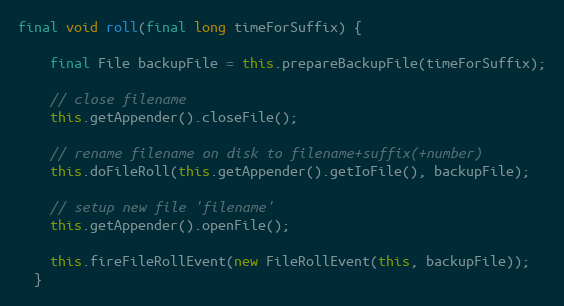
Language: Java
final void roll(final long timeForSuffix) {

    final File backupFile = this.prepareBackupFile(timeForSuffix);

    // close filename
    this.getAppender().closeFile();

    // rename filename on disk to filename+suffix(+number)
    this.doFileRoll(this.getAppender().getIoFile(), backupFile);

    // setup new file 'filename'
    this.getAppender().openFile();

    this.fireFileRollEvent(new FileRollEvent(this, backupFile));
  }